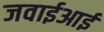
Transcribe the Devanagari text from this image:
जवाईआई